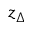
z _ { \Delta }